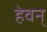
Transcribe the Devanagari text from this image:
हेवन्